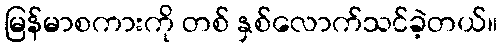
မြန်မာစကားကို တစ် နှစ်လောက်သင်ခဲ့တယ်။